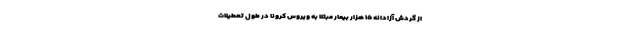
از گردش آزادانه ۱۵ هزار بیمار مبتلا به ویروس کرونا در طول تعطیلات